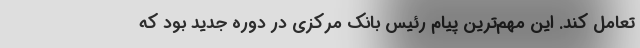
تعامل کند. ‌این مهم‌ترین پیام رئیس بانک مرکزی در دوره جدید بود که